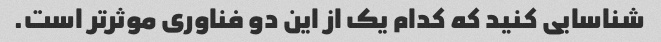
شناسایی کنید که کدام یک از این دو فناوری موثرتر است.